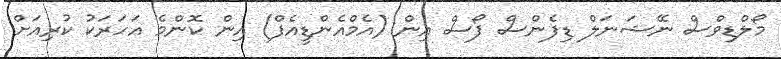
މޯލްޑިވްސް ނޭޝަނަލް ޑިފެންސް ފޯސް އިން (އެމްއެންޑީއެފް) އިން ކޮންމެ އަހަރަކު ކުރިއަށް